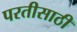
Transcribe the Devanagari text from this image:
परतीसाठी